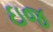
ઇજ